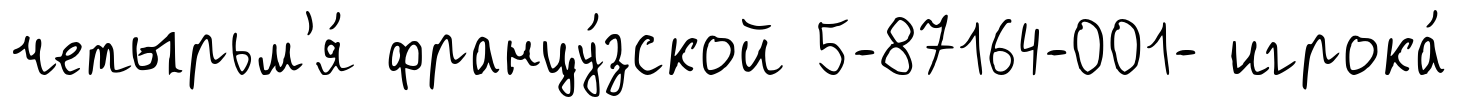
четырьм'я́ францу́зской 5-87164-001- игрока́